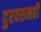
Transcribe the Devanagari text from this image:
दुरवरुनही